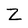
Character: Z